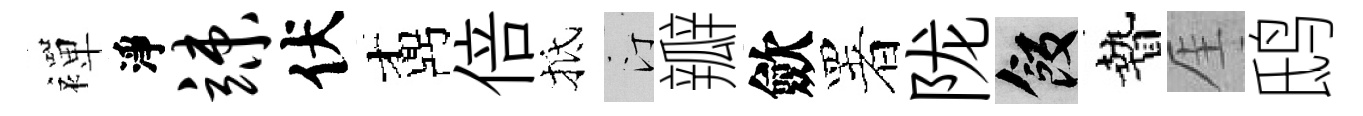
襌淨竦伏鼒倍抵汀瓣歛署陇飯贄厓鸱